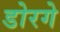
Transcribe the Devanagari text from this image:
डोरगे